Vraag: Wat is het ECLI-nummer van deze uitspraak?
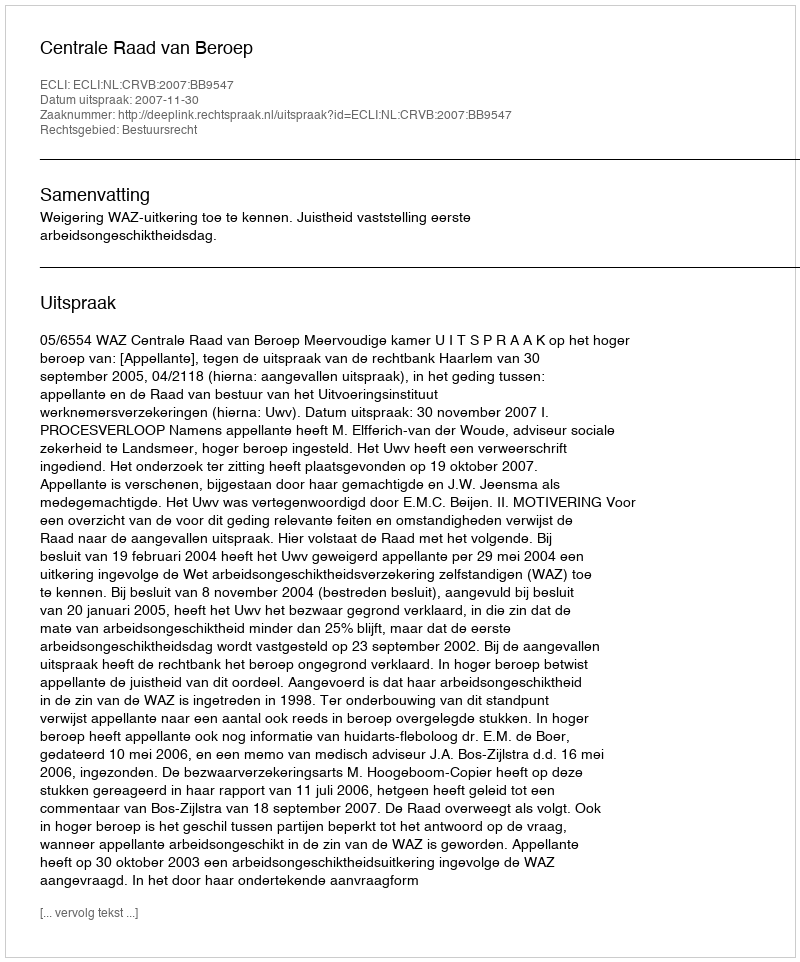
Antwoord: ECLI:NL:CRVB:2007:BB9547